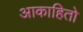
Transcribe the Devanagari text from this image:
आकाहितो